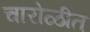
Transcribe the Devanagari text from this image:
चारोळीत